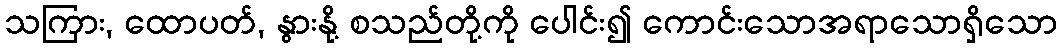
သကြား, ထောပတ်, နွားနို့ စသည်တို့ကို ပေါင်း၍ ကောင်းသောအရာသောရှိသော